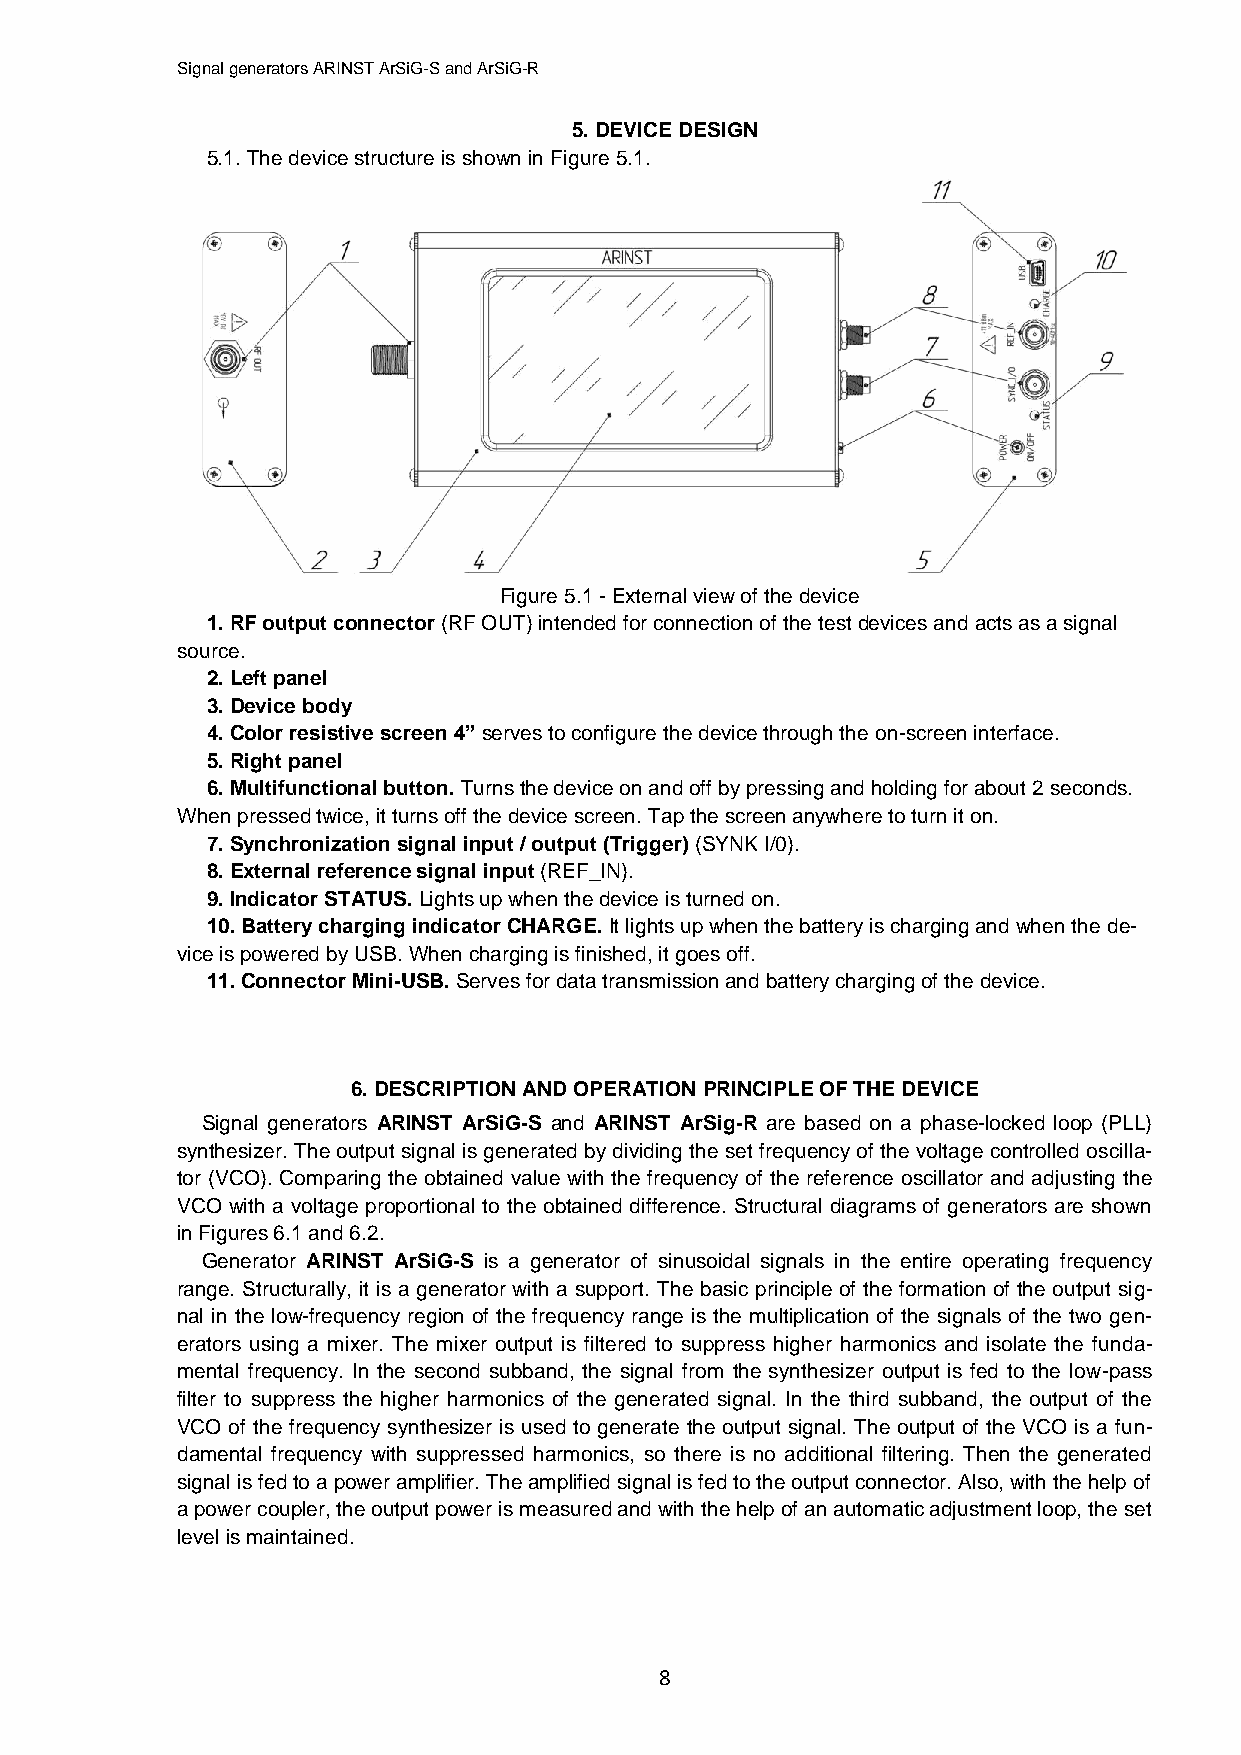
Signal generators ARINST ArSiG-S and ArSiG-R
 5. DEVICE DESIGN
 5.1. The device structure is shown in Figure 5.1.
 Figure 5.1 - External view of the device
 1. RF output connector (RF OUT) intended for connection of the test devices and acts as a signal
 source.
 2. Left panel
 3. Device body
 4. Color resistive screen 4” serves to configure the device through the on-screen interface.
 5. Right panel
 6. Multifunctional button. Turns the device on and off by pressing and holding for about 2 seconds.
 When pressed twice, it turns off the device screen. Tap the screen anywhere to turn it on.
 7. Synchronization signal input / output (Trigger) (SYNK I/0).
 8. External reference signal input (REF_IN).
 9. Indicator STATUS. Lights up when the device is turned on.
 10. Battery charging indicator CHARGE. It lights up when the battery is charging and when the de-
 vice is powered by USB. When charging is finished, it goes off.
 11. Connector Mini-USB. Serves for data transmission and battery charging of the device.
 6. DESCRIPTION AND OPERATION PRINCIPLE OF THE DEVICE
 Signal generators ARINST ArSiG-S and ARINST ArSig-R are based on a phase-locked loop (PLL)
 synthesizer. The output signal is generated by dividing the set frequency of the voltage controlled oscilla-
 tor (VCO). Comparing the obtained value with the frequency of the reference oscillator and adjusting the
 VCO with a voltage proportional to the obtained difference. Structural diagrams of generators are shown
 in Figures 6.1 and 6.2.
 Generator ARINST ArSiG-S is a generator of sinusoidal signals in the entire operating frequency
 range. Structurally, it is a generator with a support. The basic principle of the formation of the output sig-
 nal in the low-frequency region of the frequency range is the multiplication of the signals of the two gen-
 erators using a mixer. The mixer output is filtered to suppress higher harmonics and isolate the funda-
 mental frequency. In the second subband, the signal from the synthesizer output is fed to the low-pass
 filter to suppress the higher harmonics of the generated signal. In the third subband, the output of the
 VCO of the frequency synthesizer is used to generate the output signal. The output of the VCO is a fun-
 damental frequency with suppressed harmonics, so there is no additional filtering. Then the generated
 signal is fed to a power amplifier. The amplified signal is fed to the output connector. Also, with the help of
 a power coupler, the output power is measured and with the help of an automatic adjustment loop, the set
 level is maintained.
 8